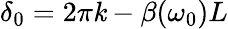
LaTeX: \delta_{0}=2\pi\mathit{k}-\beta(\omega_{0})L